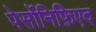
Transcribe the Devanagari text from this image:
पेर्सोनिफ़िएद